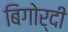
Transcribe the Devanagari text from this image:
बिगोर्दी